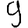
Digit: 9